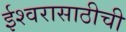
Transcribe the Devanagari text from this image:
ईश्वरासाठीची